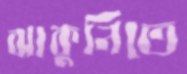
ঝাকুনিতে